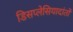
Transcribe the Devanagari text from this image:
डिसप्लेसियादांतों